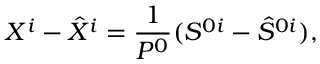
X ^ { i } - \hat { X } ^ { i } = \frac { 1 } { P ^ { 0 } } ( S ^ { 0 i } - \hat { S } ^ { 0 i } ) ,